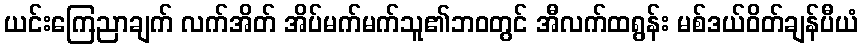
ယင်းကြေညာချက် လက်အိတ် အိပ်မက်မက်သူ၏ဘ၀တွင် အီလက်ထရွန်း မစ်ဒယ်ဝိတ်ချန်ပီယံ